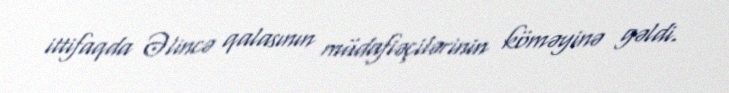
ittifaqda Əlincə qalasının müdafiəçilərinin köməyinə gəldi.